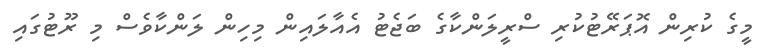
މީގެ ކުރިން އޮޕަރޭޓުކުރި ސްރީލަންކާގެ ބަޖެޓު އެއާލައިން މިހިން ލަންކާވެސް މި ރޫޓުގައި